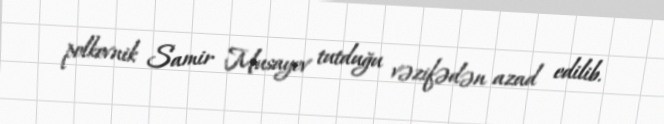
polkovnik Samir Musayev tutduğu vəzifədən azad edilib.